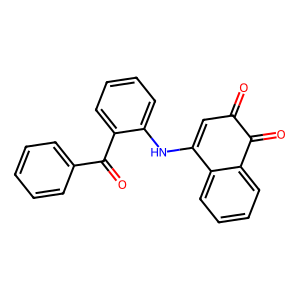
SMILES: O=C1C=C(Nc2ccccc2C(=O)c2ccccc2)c2ccccc2C1=O
Inhibits HIV replication: No